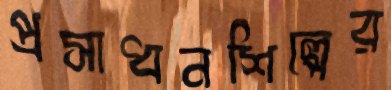
প্রসাধনশিল্পের